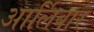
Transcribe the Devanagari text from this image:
आर्लिबार